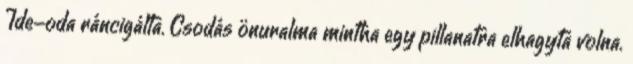
Ide-oda ráncigálta. Csodás önuralma mintha egy pillanatra elhagyta volna.